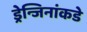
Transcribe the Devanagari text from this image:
ड्रेन्जिनांकडे